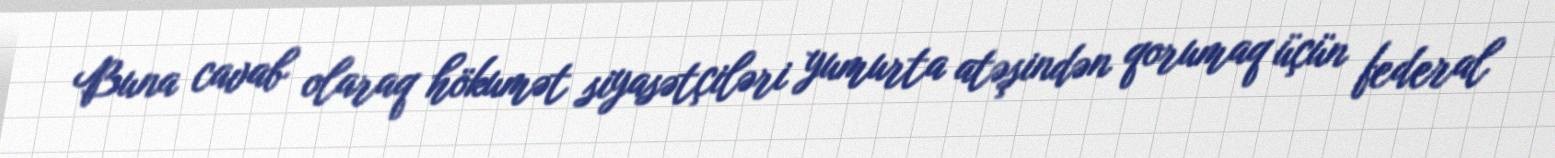
Buna cavab olaraq hökumət siyasətçiləri yumurta atəşindən qorumaq üçün federal